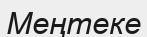
Меңтеке